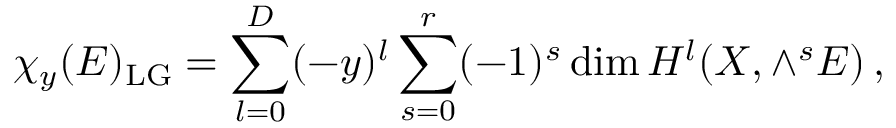
\chi _ { y } ( E ) _ { \mathrm { L G } } = \sum _ { l = 0 } ^ { D } ( - y ) ^ { l } \sum _ { s = 0 } ^ { r } ( - 1 ) ^ { s } \dim { \cal H } ^ { l } ( X , \wedge ^ { s } E ) \, ,